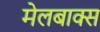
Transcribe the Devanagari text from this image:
मेलबाक्स